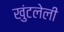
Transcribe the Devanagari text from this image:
खुंटलेली